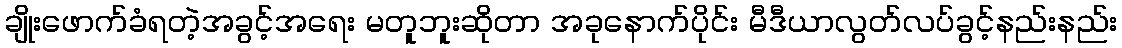
ချိုးဖောက်ခံရတဲ့အခွင့်အရေး မတူဘူးဆိုတာ အခုနောက်ပိုင်း မီဒီယာလွတ်လပ်ခွင့်နည်းနည်း